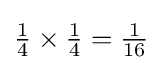
{\textstyle {\frac {1}{4}}\times {\frac {1}{4}}={\frac {1}{16}}}